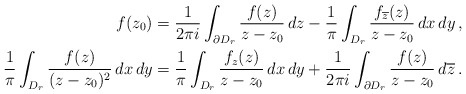
\begin{align*}f(z_0) &= \dfrac{1}{2\pi i} \int_{\partial D_r} \dfrac{f(z)}{z-z_0}\, dz - \frac{1}{\pi}\int_{D_r}\frac{f_{\overline{z}}(z)}{z-z_0}\, dx\, dy\, ,\\ \frac{1}{\pi}\int_{D_r}\frac{f(z)}{(z-z_0)^2}\, dx\, dy &=\frac{1}{\pi}\int_{D_r}\frac{f_z(z)}{z-z_0}\, dx\, dy+\frac{1}{2\pi i}\int_{\partial D_r}\frac{f(z)}{z-z_0}\, d\overline{z}\, . \end{align*}